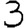
Digit: 3